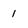
Character: 1